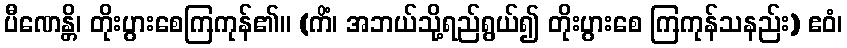
ပီဏေန္တိ၊ တိုးပွားစေကြကုန်၏။ (ကိံ၊ အဘယ်သို့ရည်ရွယ်၍ တိုးပွားစေ ကြကုန်သနည်း) ဧဝံ၊